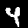
Digit: 4